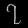
Digit: ၇